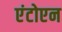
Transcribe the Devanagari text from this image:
एंटोएन